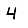
Digit: 4